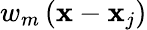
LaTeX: w_{m}\left(\mathbf{x}-\mathbf{x}_{j}\right)